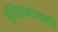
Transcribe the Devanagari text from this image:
इतिहासासही